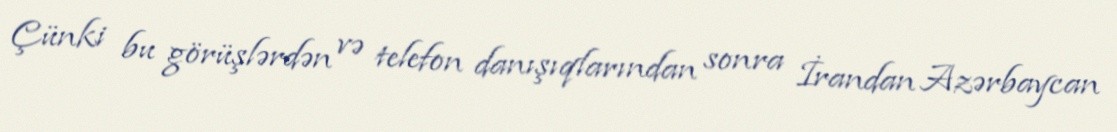
Çünki bu görüşlərdən və telefon danışıqlarından sonra İrandan Azərbaycan